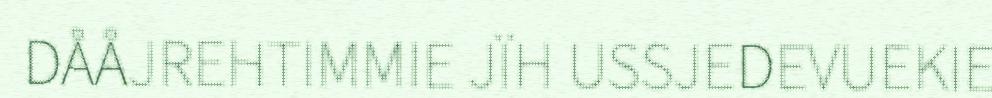
DÅÅJREHTIMMIE JÏH USSJEDEVUEKIE